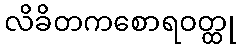
လိခိတကစောရဝတ္ထု